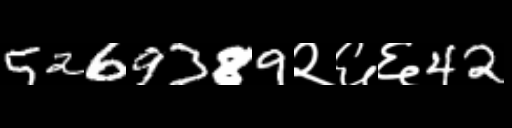
Text: 5269389२६६42